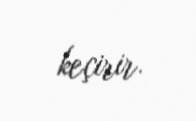
keçirir.